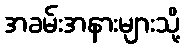
အခမ်းအနားများသို့